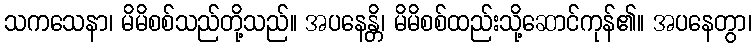
သကသေနာ၊ မိမိစစ်သည်တို့သည်။ အပနေန္တိ၊ မိမိစစ်ထည်းသို့ဆောင်ကုန်၏။ အပနေတွာ၊